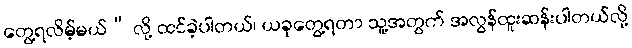
တွေ့ရလိမ့်မယ်” လို့ ထင်ခဲ့ပါတယ်၊ ယခုတွေ့ရတာ သူ့အတွက် အလွန်ထူးဆန်းပါတယ်လို့